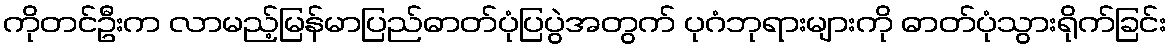
ကိုတင်ဦးက လာမည့်မြန်မာပြည်ဓာတ်ပုံပြပွဲအတွက် ပုဂံဘုရားများကို ဓာတ်ပုံသွားရိုက်ခြင်း